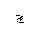
Letter: _gim